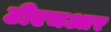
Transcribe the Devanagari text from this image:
टीएचआर